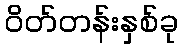
ဝိတ်တန်းနှစ်ခု